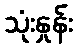
သုံးနှုန်း